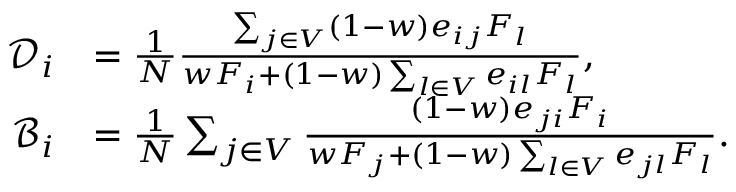
\begin{array} { r l } { \mathcal { D } _ { i } } & { = \frac { 1 } { N } \frac { \sum _ { j \in V } ( 1 - w ) e _ { i j } F _ { l } } { w F _ { i } + ( 1 - w ) \sum _ { l \in V } e _ { i l } F _ { l } } , } \\ { \mathcal { B } _ { i } } & { = \frac { 1 } { N } \sum _ { j \in V } \frac { ( 1 - w ) e _ { j i } F _ { i } } { w F _ { j } + ( 1 - w ) \sum _ { l \in V } e _ { j l } F _ { l } } . } \end{array}